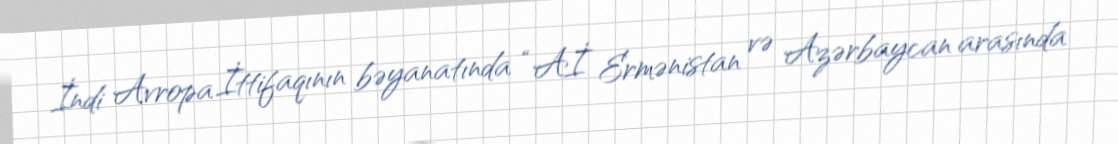
İndi Avropa İttifaqının bəyanatında “Aİ Ermənistan və Azərbaycan arasında